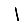
Digit: 1